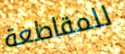
للمقاطعة